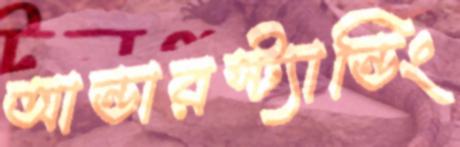
আন্ডারস্ট্যান্ডিং